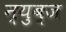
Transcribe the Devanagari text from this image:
न्युब्ज